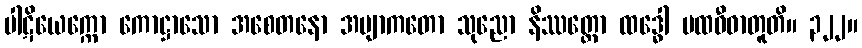
ပါဋိယေက္ကော ကောဋ္ဌာသော အစေတနော အဗျာကတော သုညော နိဿတ္တော ထဒ္ဓေါ ပထဝီဓာတူတိ။ ၃၂၂။